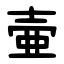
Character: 壷